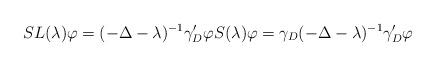
LaTeX: \begin{align*} SL(\lambda) \varphi = (-\Delta - \lambda)^{-1} \gamma_D' \varphi S(\lambda) \varphi = \gamma_D (-\Delta - \lambda)^{-1} \gamma_D' \varphi\end{align*}